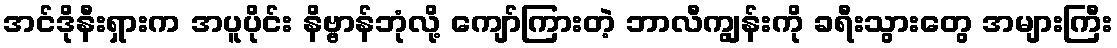
အင်ဒိုနီးရှားက အပူပိုင်း နိဗ္ဗာန်ဘုံလို့ ကျော်ကြားတဲ့ ဘာလီကျွန်းကို ခရီးသွားတွေ အများကြီး